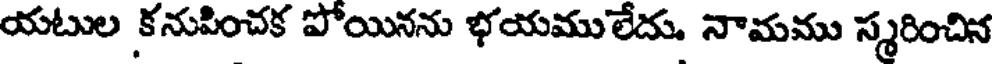
యటుల కనుపించక పోయినను భయములేదు నామము స్మరించిన